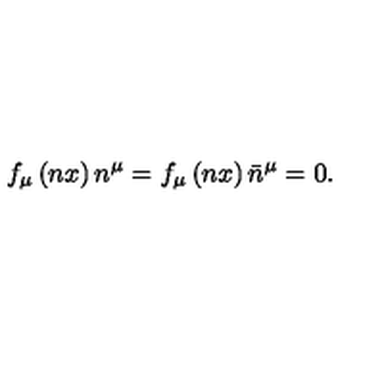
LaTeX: f _ { \mu } \left( n x \right) n ^ { \mu } = f _ { \mu } \left( n x \right) \bar { n } ^ { \mu } = 0 .